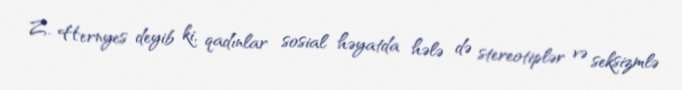
Z. Hernyes deyib ki, qadınlar sosial həyatda hələ də stereotiplər və seksizmlə